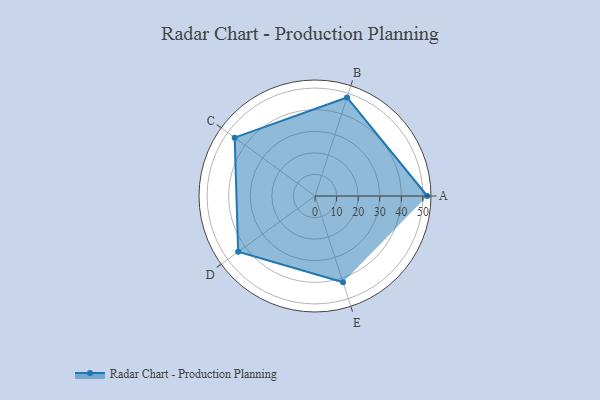
{"axis": {"x": "Skill", "y": "Score"}, "legend": ["Profile"], "data": [{"x": "A", "y": 52.0, "type": "Profile"}, {"x": "B", "y": 48.0, "type": "Profile"}, {"x": "C", "y": 46.0, "type": "Profile"}, {"x": "D", "y": 44.0, "type": "Profile"}, {"x": "E", "y": 42.0, "type": "Profile"}]}